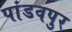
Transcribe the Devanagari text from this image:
पांडवपुर